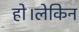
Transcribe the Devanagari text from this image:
हो।लेकिन